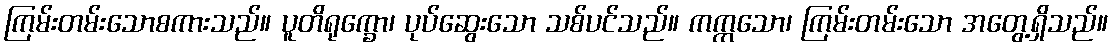
ကြမ်းတမ်းသောစကားသည်။ ပူတိရုက္ခော၊ ပုပ်ဆွေးသော သစ်ပင်သည်။ ကက္ကသော၊ ကြမ်းတမ်းသော အတွေ့ရှိသည်။